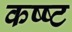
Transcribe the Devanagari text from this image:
कष्ष्ट